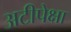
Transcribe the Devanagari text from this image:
अटीपेक्षा